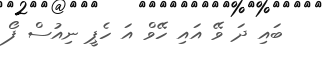
ބައި ދަ ވޭ އައި ހޭވް އަ ހެޕީ ނިއުސް ފޯ